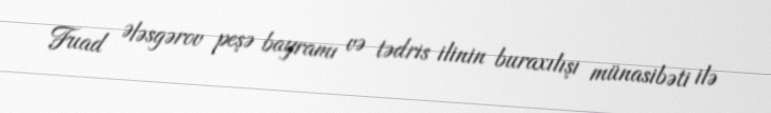
Fuad Ələsgərov peşə bayramı və tədris ilinin buraxılışı münasibəti ilə